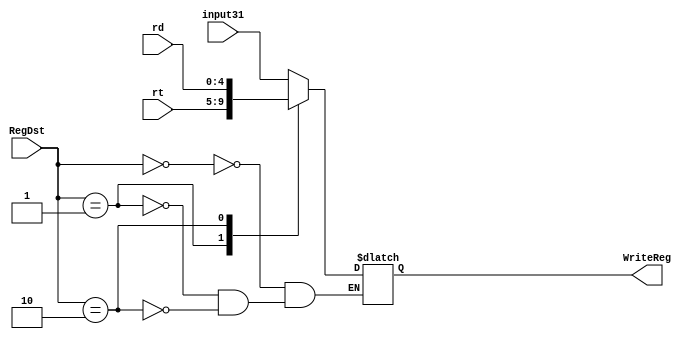
module select_for_WriteReg(
	input [4:0] input31,
	input [4:0] rt,
	input [4:0] rd,
	input [1:0] RegDst,
	output reg [4:0] WriteReg
);
	always @(input31 or rt or rd or RegDst) begin
		case(RegDst)
			2'b00: WriteReg<=input31;
			2'b01: WriteReg<=rt;
			2'b10: WriteReg<=rd;
		endcase
	end
endmodule